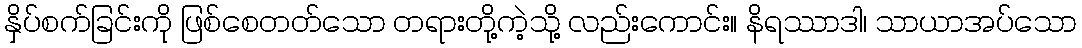
နှိပ်စက်ခြင်းကို ဖြစ်စေတတ်သော တရားတို့ကဲ့သို့ လည်းကောင်း။ နိရဿာဒါ၊ သာယာအပ်သော